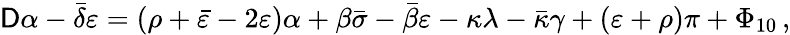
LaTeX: \mathsf{D}\alpha-{\bar{{\delta}}}\varepsilon=(\rho+{\bar{{\varepsilon}}}-2\varepsilon)\alpha+\beta{\bar{{\sigma}}}-{\bar{{\beta}}}\varepsilon-\kappa\lambda-{\bar{{\kappa}}}\gamma+(\varepsilon+\rho)\pi+\Phi_{10}\, ,